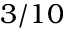
3 / 1 0